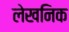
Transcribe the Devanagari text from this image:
लेखनिक